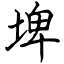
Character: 埤